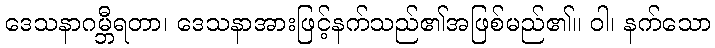
ဒေသနာဂမ္ဘီရတာ၊ ဒေသနာအားဖြင့်နက်သည်၏အဖြစ်မည်၏။ ဝါ၊ နက်သော